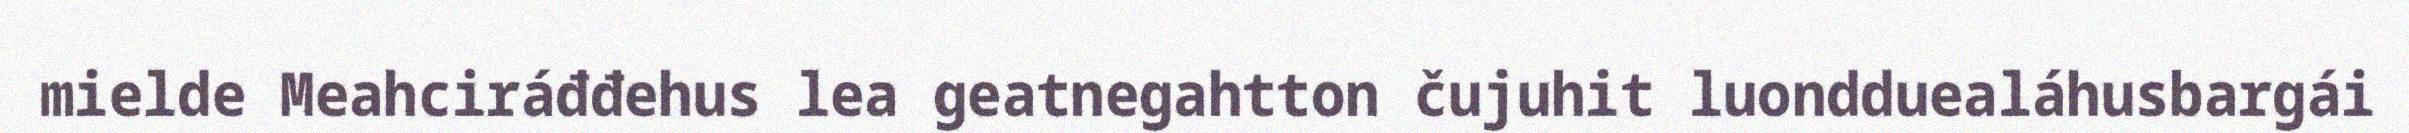
mielde Meahciráđđehus lea geatnegahtton čujuhit luondduealáhusbargái